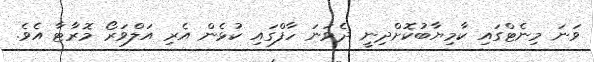
ވަނަ މިނެޓްގައި ކާމިޔާބުކޮށްދިނީ ދެވަނަ ހާފްގައި ކުޅެން އެރި އަލްވަރޯ މޮރާޓާ އެވެ.